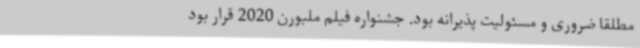
مطلقا ضروری و مسئولیت پذیرانه بود. جشنواره فیلم ملبورن 2020 قرار بود